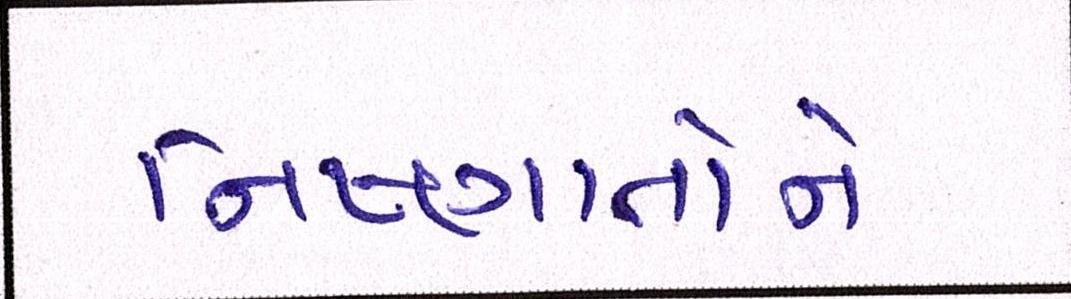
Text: નિષ્ણાતોને